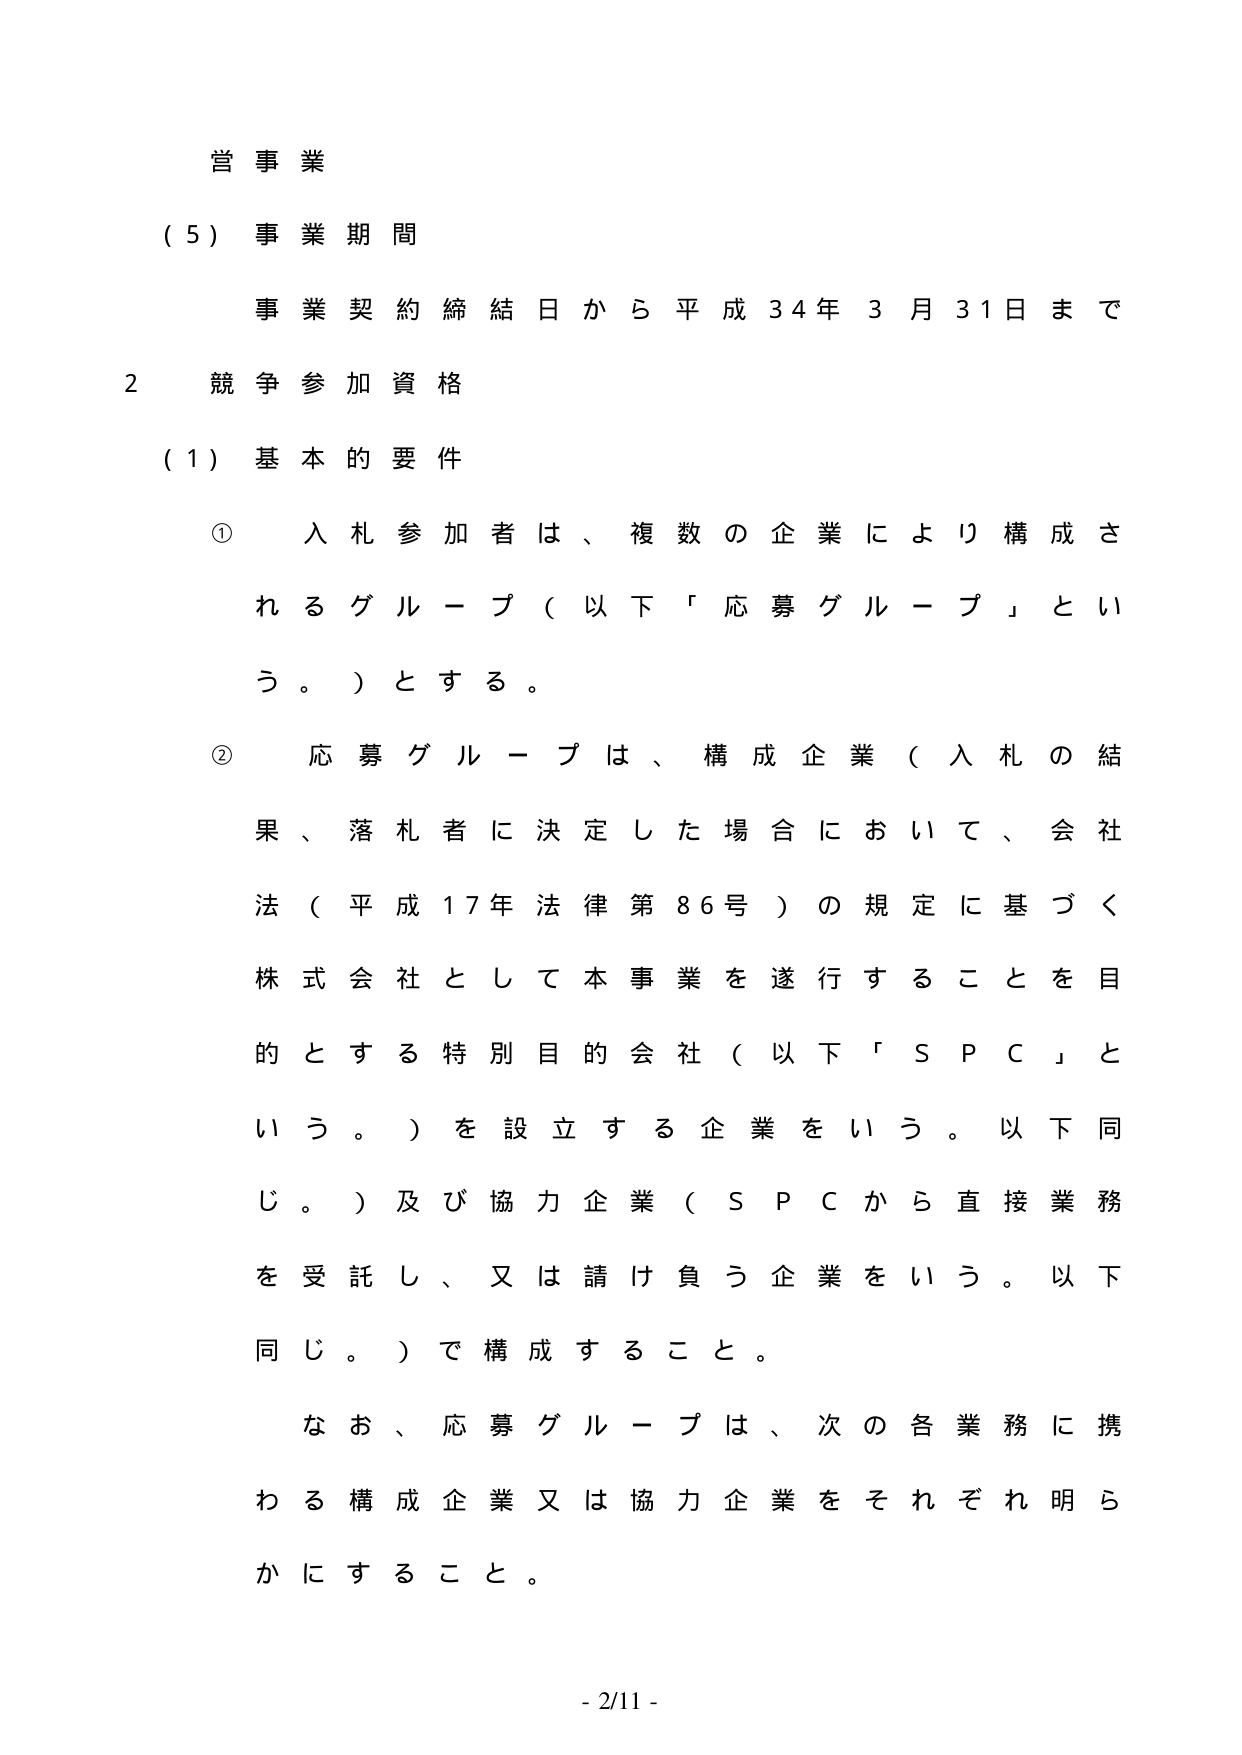
営事業

（５）事業期間
事業契約締結日から平成34年3月31日まで

2 競争参加資格

（1）基本的要件

① 入札参加者は、複数の企業により構成されるグループ（以下「応募グループ」という。）とする。

② 応募グループは、構成企業（入札の結果、落札者に決定した場合において、会社法（平成17年法律第86号）の規定に基づく株式会社として本事業を遂行することを目的とする特別目的会社（以下「ＳＰＣ」という。）を設立する企業をいう。以下同じ。）及び協力企業（ＳＰＣから直接業務を受託し、又は請け負う企業をいう。以下同じ。）で構成すること。

なお、応募グループは、次の各業務に携わる構成企業又は協力企業をそれぞれ明らかにすること。

- 2/11 -